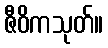
ဇီဝိကသုတ်။